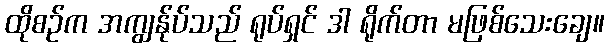
ထိုစဉ်က အကျွန်ုပ်သည် ရုပ်ရှင် ဒါ ရိုက်တာ မဖြစ်သေးချေ။